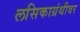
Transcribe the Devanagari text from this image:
लसिकाग्रंथीवर